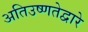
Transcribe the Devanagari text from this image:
अतिउष्णतेद्वारे